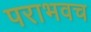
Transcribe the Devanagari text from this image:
पराभवच